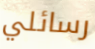
رسائلي